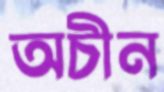
অচীন